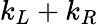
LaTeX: k_{L}+k_{R}